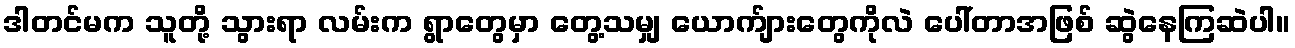
ဒါတင်မက သူတို့ သွားရာ လမ်းက ရွာတွေမှာ တွေ့သမျှ ယောက်ျားတွေကိုလဲ ပေါ်တာအဖြစ် ဆွဲနေကြဆဲပါ။